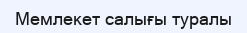
Мемлекет салығы туралы